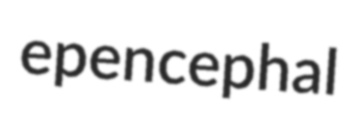
epencephal